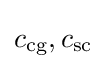
c_{\mathrm {cg} },c_{\mathrm {sc} }